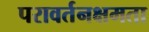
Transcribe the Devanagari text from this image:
परावर्तनक्षमता